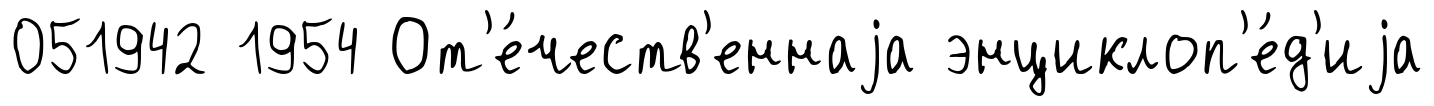
051942 1954 От'е́честв'еннаjа энциклоп'е́д'иjа